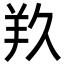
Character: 𮊣